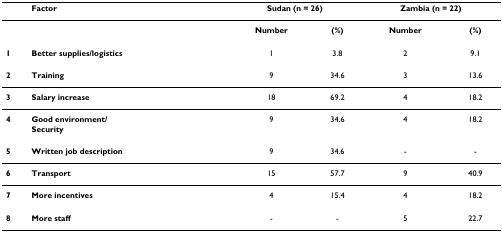
<table><thead><tr><td></td><td><b>Factor</b></td><td colspan="2"><b>Sudan (n = 26)</b></td><td colspan="2"><b>Zambia (n = 22)</b></td></tr></thead><tbody><tr><td></td><td></td><td><b>Number</b></td><td><b>(%)</b></td><td><b>Number</b></td><td><b>(%)</b></td></tr><tr><td><b>1</b></td><td><b>Better supplies/logistics</b></td><td>1</td><td>3.8</td><td>2</td><td>9.1</td></tr><tr><td><b>2</b></td><td><b>Training</b></td><td>9</td><td>34.6</td><td>3</td><td>13.6</td></tr><tr><td><b>3</b></td><td><b>Salary increase</b></td><td>18</td><td>69.2</td><td>4</td><td>18.2</td></tr><tr><td><b>4</b></td><td><b>Good environment/</b><b>Security</b></td><td>9</td><td>34.6</td><td>4</td><td>18.2</td></tr><tr><td><b>5</b></td><td><b>Written job description</b></td><td>9</td><td>34.6</td><td>-</td><td>-</td></tr><tr><td><b>6</b></td><td><b>Transport</b></td><td>15</td><td>57.7</td><td>9</td><td>40.9</td></tr><tr><td><b>7</b></td><td><b>More incentives</b></td><td>4</td><td>15.4</td><td>4</td><td>18.2</td></tr><tr><td><b>8</b></td><td><b>More staff</b></td><td>-</td><td>-</td><td>5</td><td>22.7</td></tr></tbody></table>